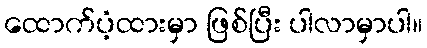
ထောက်ပံ့ထားမှာ ဖြစ်ပြီး ပါလာမှာပါ။